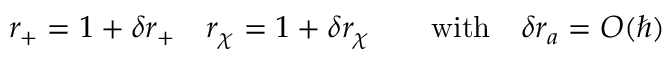
r _ { + } = 1 + \delta r _ { + } \quad r _ { \chi } = 1 + \delta r _ { \chi } \qquad \mathrm { w i t h } \quad \delta r _ { a } = O ( \hbar )